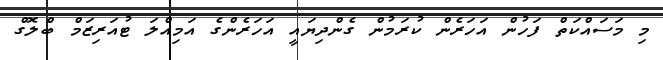
މި މަސައްކަތް ފަހުން އަހަރެން ކުރަމުން ގެންދިޔައީ އަހަރެންގެ އަމިއްލަ ޓުއަރިޒަމް ބްލޮގް